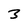
Character: 3